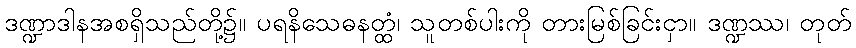
ဒဏ္ဍာဒါနအစရှိသည်တို့၌။ ပရနိသေဓနတ္ထံ၊ သူတစ်ပါးကို တားမြစ်ခြင်းငှာ။ ဒဏ္ဍဿ၊ တုတ်